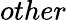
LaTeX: other